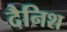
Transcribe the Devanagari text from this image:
दैनिश